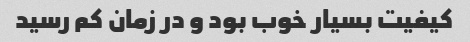
کیفیت بسیار خوب بود و در زمان کم رسید